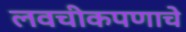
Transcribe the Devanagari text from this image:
लवचीकपणाचे